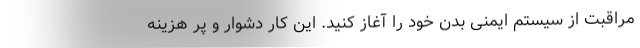
مراقبت از سیستم ایمنی بدن خود را آغاز کنید. این کار دشوار و پر هزینه